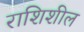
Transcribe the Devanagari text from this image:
राशिशील